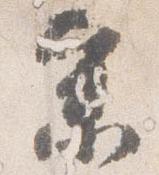
参